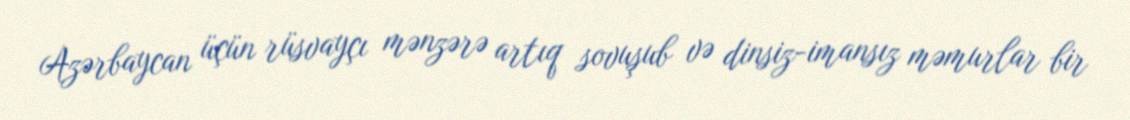
Azərbaycan üçün rüsvayçı mənzərə artıq sovuşub və dinsiz-imansız məmurlar bir